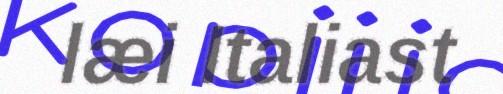
læi Italiast